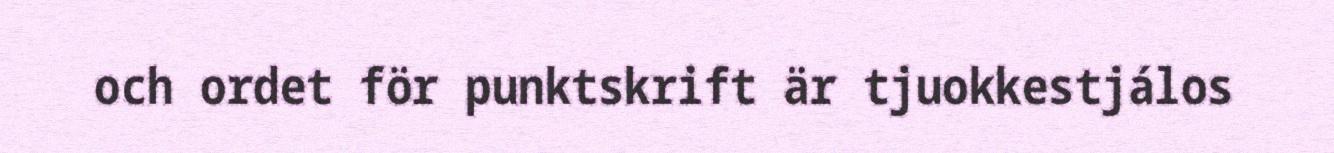
och ordet för punktskrift är tjuokkestjálos